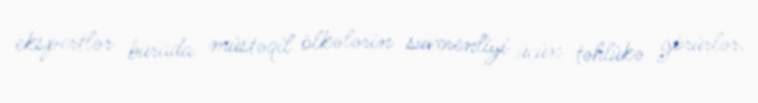
ekspertlər burada müstəqil ölkələrin suverenliyi üçün təhlükə görürlər.